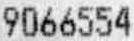
9066554